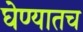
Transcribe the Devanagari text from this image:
घेण्यातच